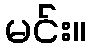
မင်း။